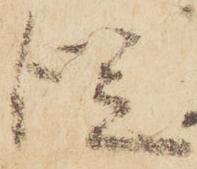
従